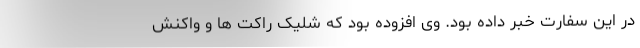
در این سفارت خبر داده بود. وی افزوده بود که‌ شلیک راکت ها و واکنش